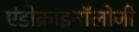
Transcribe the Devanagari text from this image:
एंडोक्राइनॉलोजी